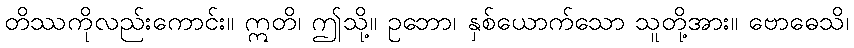
တိဿကိုလည်းကောင်း။ ဣတိ၊ ဤသို့။ ဥဘော၊ နှစ်ယောက်သော သူတို့အား။ ဗောဓေသိ၊